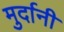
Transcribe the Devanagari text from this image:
मुर्दानी